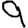
Digit: 9